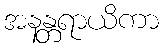
အနန္တရာယိကာ